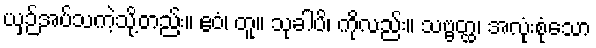
ယှဉ်အပ်သကဲ့သို့တည်း။ ဧဝံ၊ တူ။ သုခါပိ၊ ကိုလည်း။ သဗ္ဗတ္ထ၊ အလုံးစုံသော